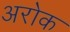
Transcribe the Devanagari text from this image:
अरोक